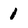
Character: 1